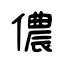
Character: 儂